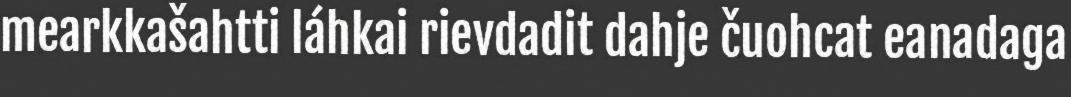
mearkkašahtti láhkai rievdadit dahje čuohcat eanadaga